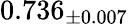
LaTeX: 0.736_{\pm 0.007}